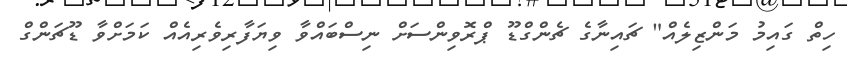
ހިތް ގައިމު މަންޒިލެއް" ޗައިނާގެ ޗެންގްޑޫ ޕްރޮވިންސަށް ނިސްބައްވާ ވިޔަފާރިވެރިއެއް ކަމަށްވާ ޑޫޗަންގް